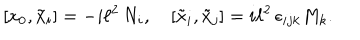
[ x _ { 0 } , \tilde { x } _ { i } ] = - i \ell ^ { 2 } \, N _ { i } , \quad [ \tilde { x } _ { i } , \tilde { x } _ { j } ] = i \ell ^ { 2 } \, \epsilon _ { i j k } M _ { k } .